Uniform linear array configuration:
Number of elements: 64
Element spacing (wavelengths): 0.75
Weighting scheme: hamming
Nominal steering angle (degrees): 45
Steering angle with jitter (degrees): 43.737
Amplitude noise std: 0.05
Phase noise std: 0.05

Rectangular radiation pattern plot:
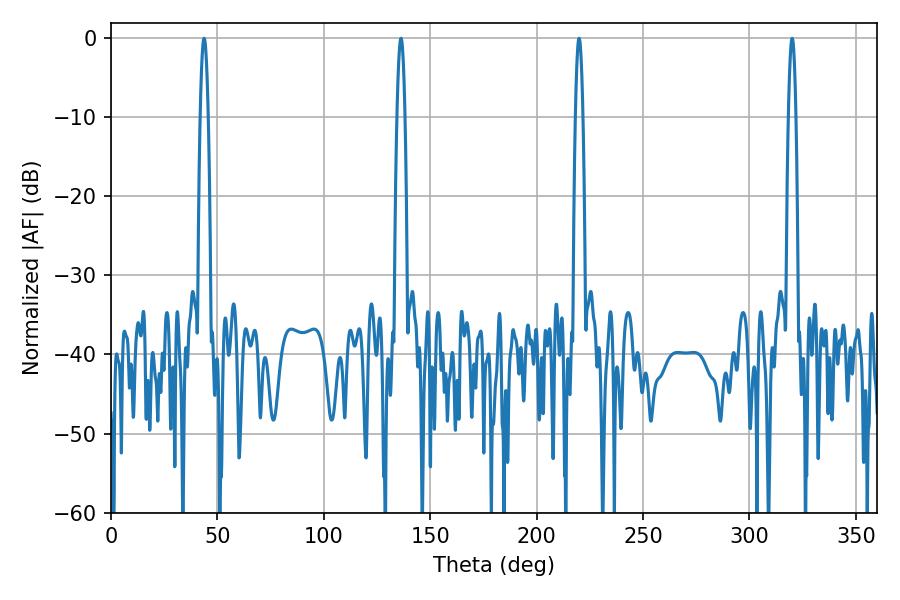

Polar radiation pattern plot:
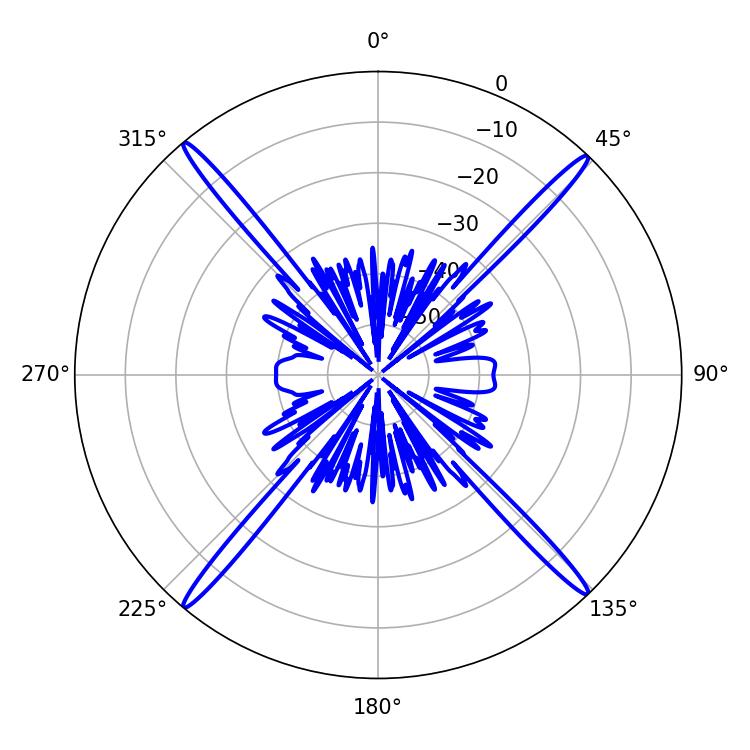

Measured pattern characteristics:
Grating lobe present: TRUE
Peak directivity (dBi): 24.614
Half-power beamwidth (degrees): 1.98
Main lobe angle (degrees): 43.74